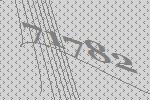
71782